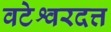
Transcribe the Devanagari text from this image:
वटेश्वरदत्त